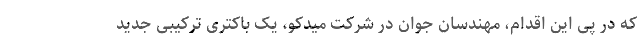
که در پی این اقدام، مهندسان جوان در شرکت میدکو، یک باکتری ترکیبی جدید